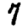
Digit: 7